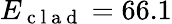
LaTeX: E_{\mathrm{~c~l~a~d~}}=66.1